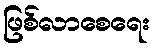
ဖြစ်လာစေရေး